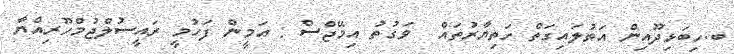
ބ.ހިބަޅިދޫއިން އަތުލައިގަތް ހަތިޔާރުތައް  ވަގުތު އިމޭޖްސް : އަމީން ފަހުމީ ރައީސުލްޖުމްހޫރިއްޔާ